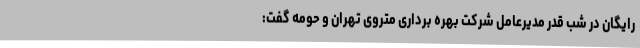
رایگان در شب قدر مدیرعامل شرکت بهره برداری متروی تهران و حومه گفت: